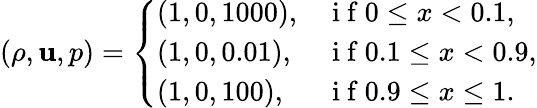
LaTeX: (\rho,\mathbf{u},p)=\left\{ \begin{array}{ll}{(1,0,1000),}&{\mathrm{~i~f~}0\leq x<0.1,}\\ {(1,0,0.01),}&{\mathrm{~i~f~}0.1\leq x<0.9,}\\ {(1,0,100),}&{\mathrm{~i~f~}0.9\leq x\leq 1.}\end{array}\right.